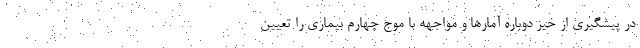
در پیشگیری از خیز دوباره آمارها و مواجهه با موج چهارم بیماری را تعیین